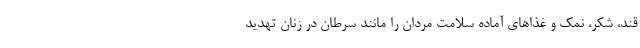
قند، شکر، نمک و غذاهای آماده سلامت مردان را مانند سرطان در زنان تهدید